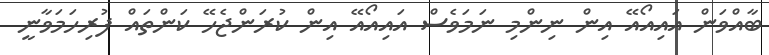
ބާއްވަން އައިއޯއޭ އިން ނިންމި ނަމަވެސް އައިއޯއޭ އިން ކުރަންޖެހޭ ކަންތައް ފުރިހަމަވާނީ